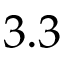
3 . 3